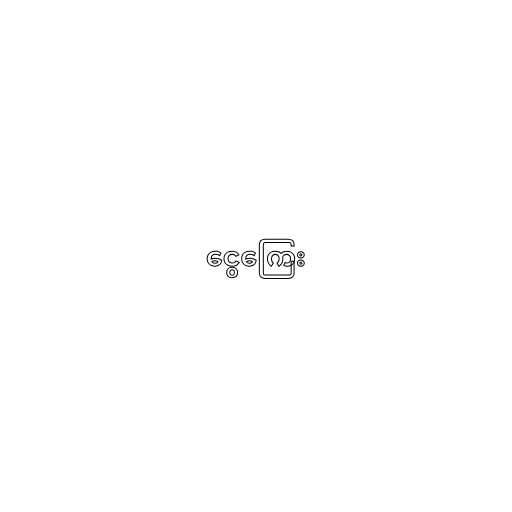
ငွေကြေး